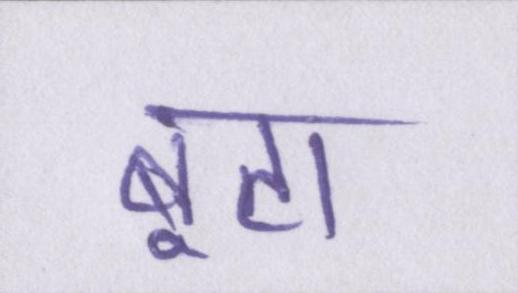
बूटा